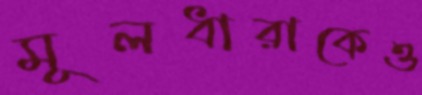
মূলধারাকেও